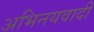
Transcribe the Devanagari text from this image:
अभिनयवादी